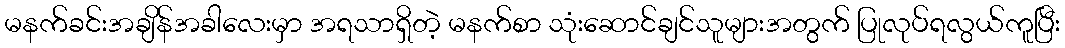
မနက်ခင်းအချိန်အခါလေးမှာ အရသာရှိတဲ့ မနက်စာ သုံးဆောင်ချင်သူများအတွက် ပြုလုပ်ရလွယ်ကူပြီး